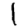
Digit: 1